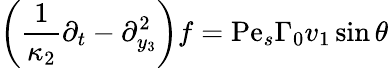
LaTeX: \left(\frac{1}{\kappa_{2}}\partial_{t}-\partial_{y_{3}}^{2}\right)f=\mathrm{Pe}_{s}\Gamma_{0}v_{1}\sin\theta